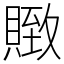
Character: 䞃